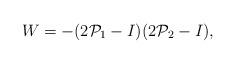
LaTeX: \begin{align*} W = - (2\mathcal{P}_1 - I) (2 \mathcal{P}_2 - I),\end{align*}